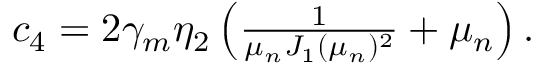
\begin{array} { r } { c _ { 4 } = 2 \gamma _ { m } \eta _ { 2 } \left( \frac { 1 } { \mu _ { n } J _ { 1 } ( \mu _ { n } ) ^ { 2 } } + \mu _ { n } \right) . } \end{array}